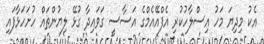
އެކު މިދިޔަ މަހު އިސްލާހުކުރި އެފްއޭއެެމްގެ އަސާސީ ގަވައިދާ ގުޅޭ ލިޔުންތައް ހުށަހަޅާފައި